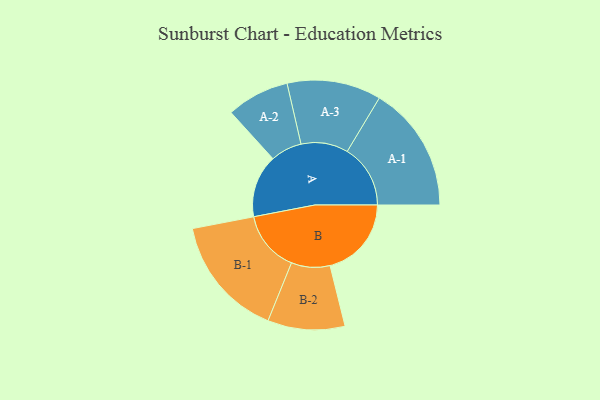
{"axis": {"x": "Segment", "y": "Value"}, "legend": ["", "A", "B"], "data": [{"x": "A", "y": 296, "type": ""}, {"x": "B", "y": 384, "type": ""}, {"x": "A-1", "y": 298, "type": "A"}, {"x": "A-2", "y": 148, "type": "A"}, {"x": "A-3", "y": 222, "type": "A"}, {"x": "B-1", "y": 288, "type": "B"}, {"x": "B-2", "y": 182, "type": "B"}]}